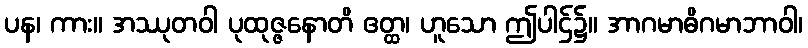
ပန၊ ကား။ အဿုတဝါ ပုထုဇ္ဇနောတိ ဧတ္ထ၊ ဟူသော ဤပါဌ်၌။ အာဂမာဓိဂမာဘာဝါ၊